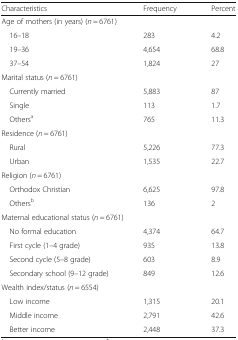
<table><thead><tr><td><b>Characteristics</b></td><td><b>Frequency</b></td><td><b>Percent</b></td></tr></thead><tbody><tr><td colspan="3">Age of mothers (in years) (<i>n</i> = 6761)</td></tr><tr><td> 16–18</td><td>283</td><td>4.2</td></tr><tr><td> 19–36</td><td>4,654</td><td>68.8</td></tr><tr><td> 37–54</td><td>1,824</td><td>27</td></tr><tr><td colspan="3">Marital status (<i>n</i> = 6761)</td></tr><tr><td> Currently married</td><td>5,883</td><td>87</td></tr><tr><td> Single</td><td>113</td><td>1.7</td></tr><tr><td> Others<sup>a</sup></td><td>765</td><td>11.3</td></tr><tr><td colspan="3">Residence (<i>n</i> = 6761)</td></tr><tr><td> Rural</td><td>5,226</td><td>77.3</td></tr><tr><td> Urban</td><td>1,535</td><td>22.7</td></tr><tr><td colspan="3">Religion (<i>n</i> = 6761)</td></tr><tr><td> Orthodox Christian</td><td>6,625</td><td>97.8</td></tr><tr><td> Others<sup>b</sup></td><td>136</td><td>2</td></tr><tr><td colspan="3">Maternal educational status (<i>n</i> = 6761)</td></tr><tr><td> No formal education</td><td>4,374</td><td>64.7</td></tr><tr><td> First cycle (1–4 grade)</td><td>935</td><td>13.8</td></tr><tr><td> Second cycle (5–8 grade)</td><td>603</td><td>8.9</td></tr><tr><td> Secondary school (9–12 grade)</td><td>849</td><td>12.6</td></tr><tr><td colspan="3">Wealth index/status (<i>n</i> = 6554)</td></tr><tr><td> Low income</td><td>1,315</td><td>20.1</td></tr><tr><td> Middle income</td><td>2,791</td><td>42.6</td></tr><tr><td> Better income</td><td>2,448</td><td>37.3</td></tr></tbody></table>